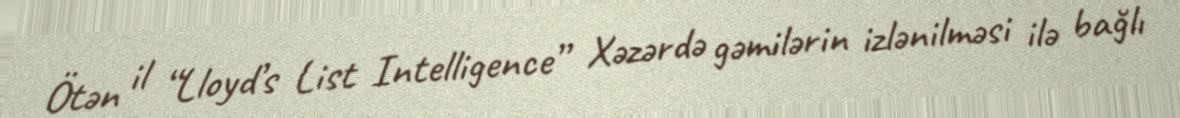
Ötən il “Lloyd’s List Intelligence” Xəzərdə gəmilərin izlənilməsi ilə bağlı